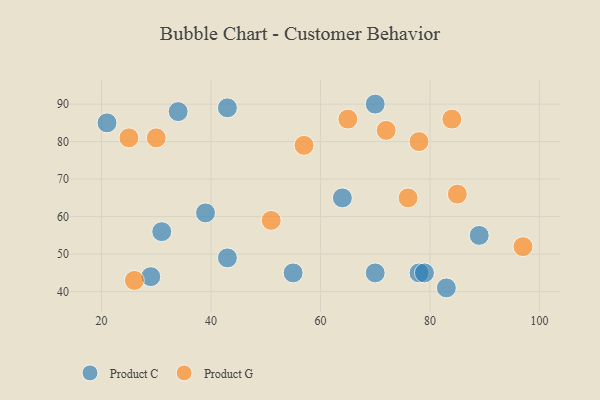
{"axis": {"x": "GDP", "y": "Life Expectancy"}, "legend": ["Product C", "Product G"], "data": [{"x": "70", "y": 90, "type": "Product C"}, {"x": "83", "y": 41, "type": "Product C"}, {"x": "31", "y": 56, "type": "Product C"}, {"x": "55", "y": 45, "type": "Product C"}, {"x": "89", "y": 55, "type": "Product C"}, {"x": "39", "y": 61, "type": "Product C"}, {"x": "70", "y": 45, "type": "Product C"}, {"x": "43", "y": 89, "type": "Product C"}, {"x": "34", "y": 88, "type": "Product C"}, {"x": "78", "y": 45, "type": "Product C"}, {"x": "79", "y": 45, "type": "Product C"}, {"x": "21", "y": 85, "type": "Product C"}, {"x": "43", "y": 49, "type": "Product C"}, {"x": "64", "y": 65, "type": "Product C"}, {"x": "29", "y": 44, "type": "Product C"}, {"x": "57", "y": 79, "type": "Product G"}, {"x": "51", "y": 59, "type": "Product G"}, {"x": "26", "y": 43, "type": "Product G"}, {"x": "65", "y": 86, "type": "Product G"}, {"x": "76", "y": 65, "type": "Product G"}, {"x": "78", "y": 80, "type": "Product G"}, {"x": "97", "y": 52, "type": "Product G"}, {"x": "25", "y": 81, "type": "Product G"}, {"x": "85", "y": 66, "type": "Product G"}, {"x": "84", "y": 86, "type": "Product G"}, {"x": "30", "y": 81, "type": "Product G"}, {"x": "72", "y": 83, "type": "Product G"}]}